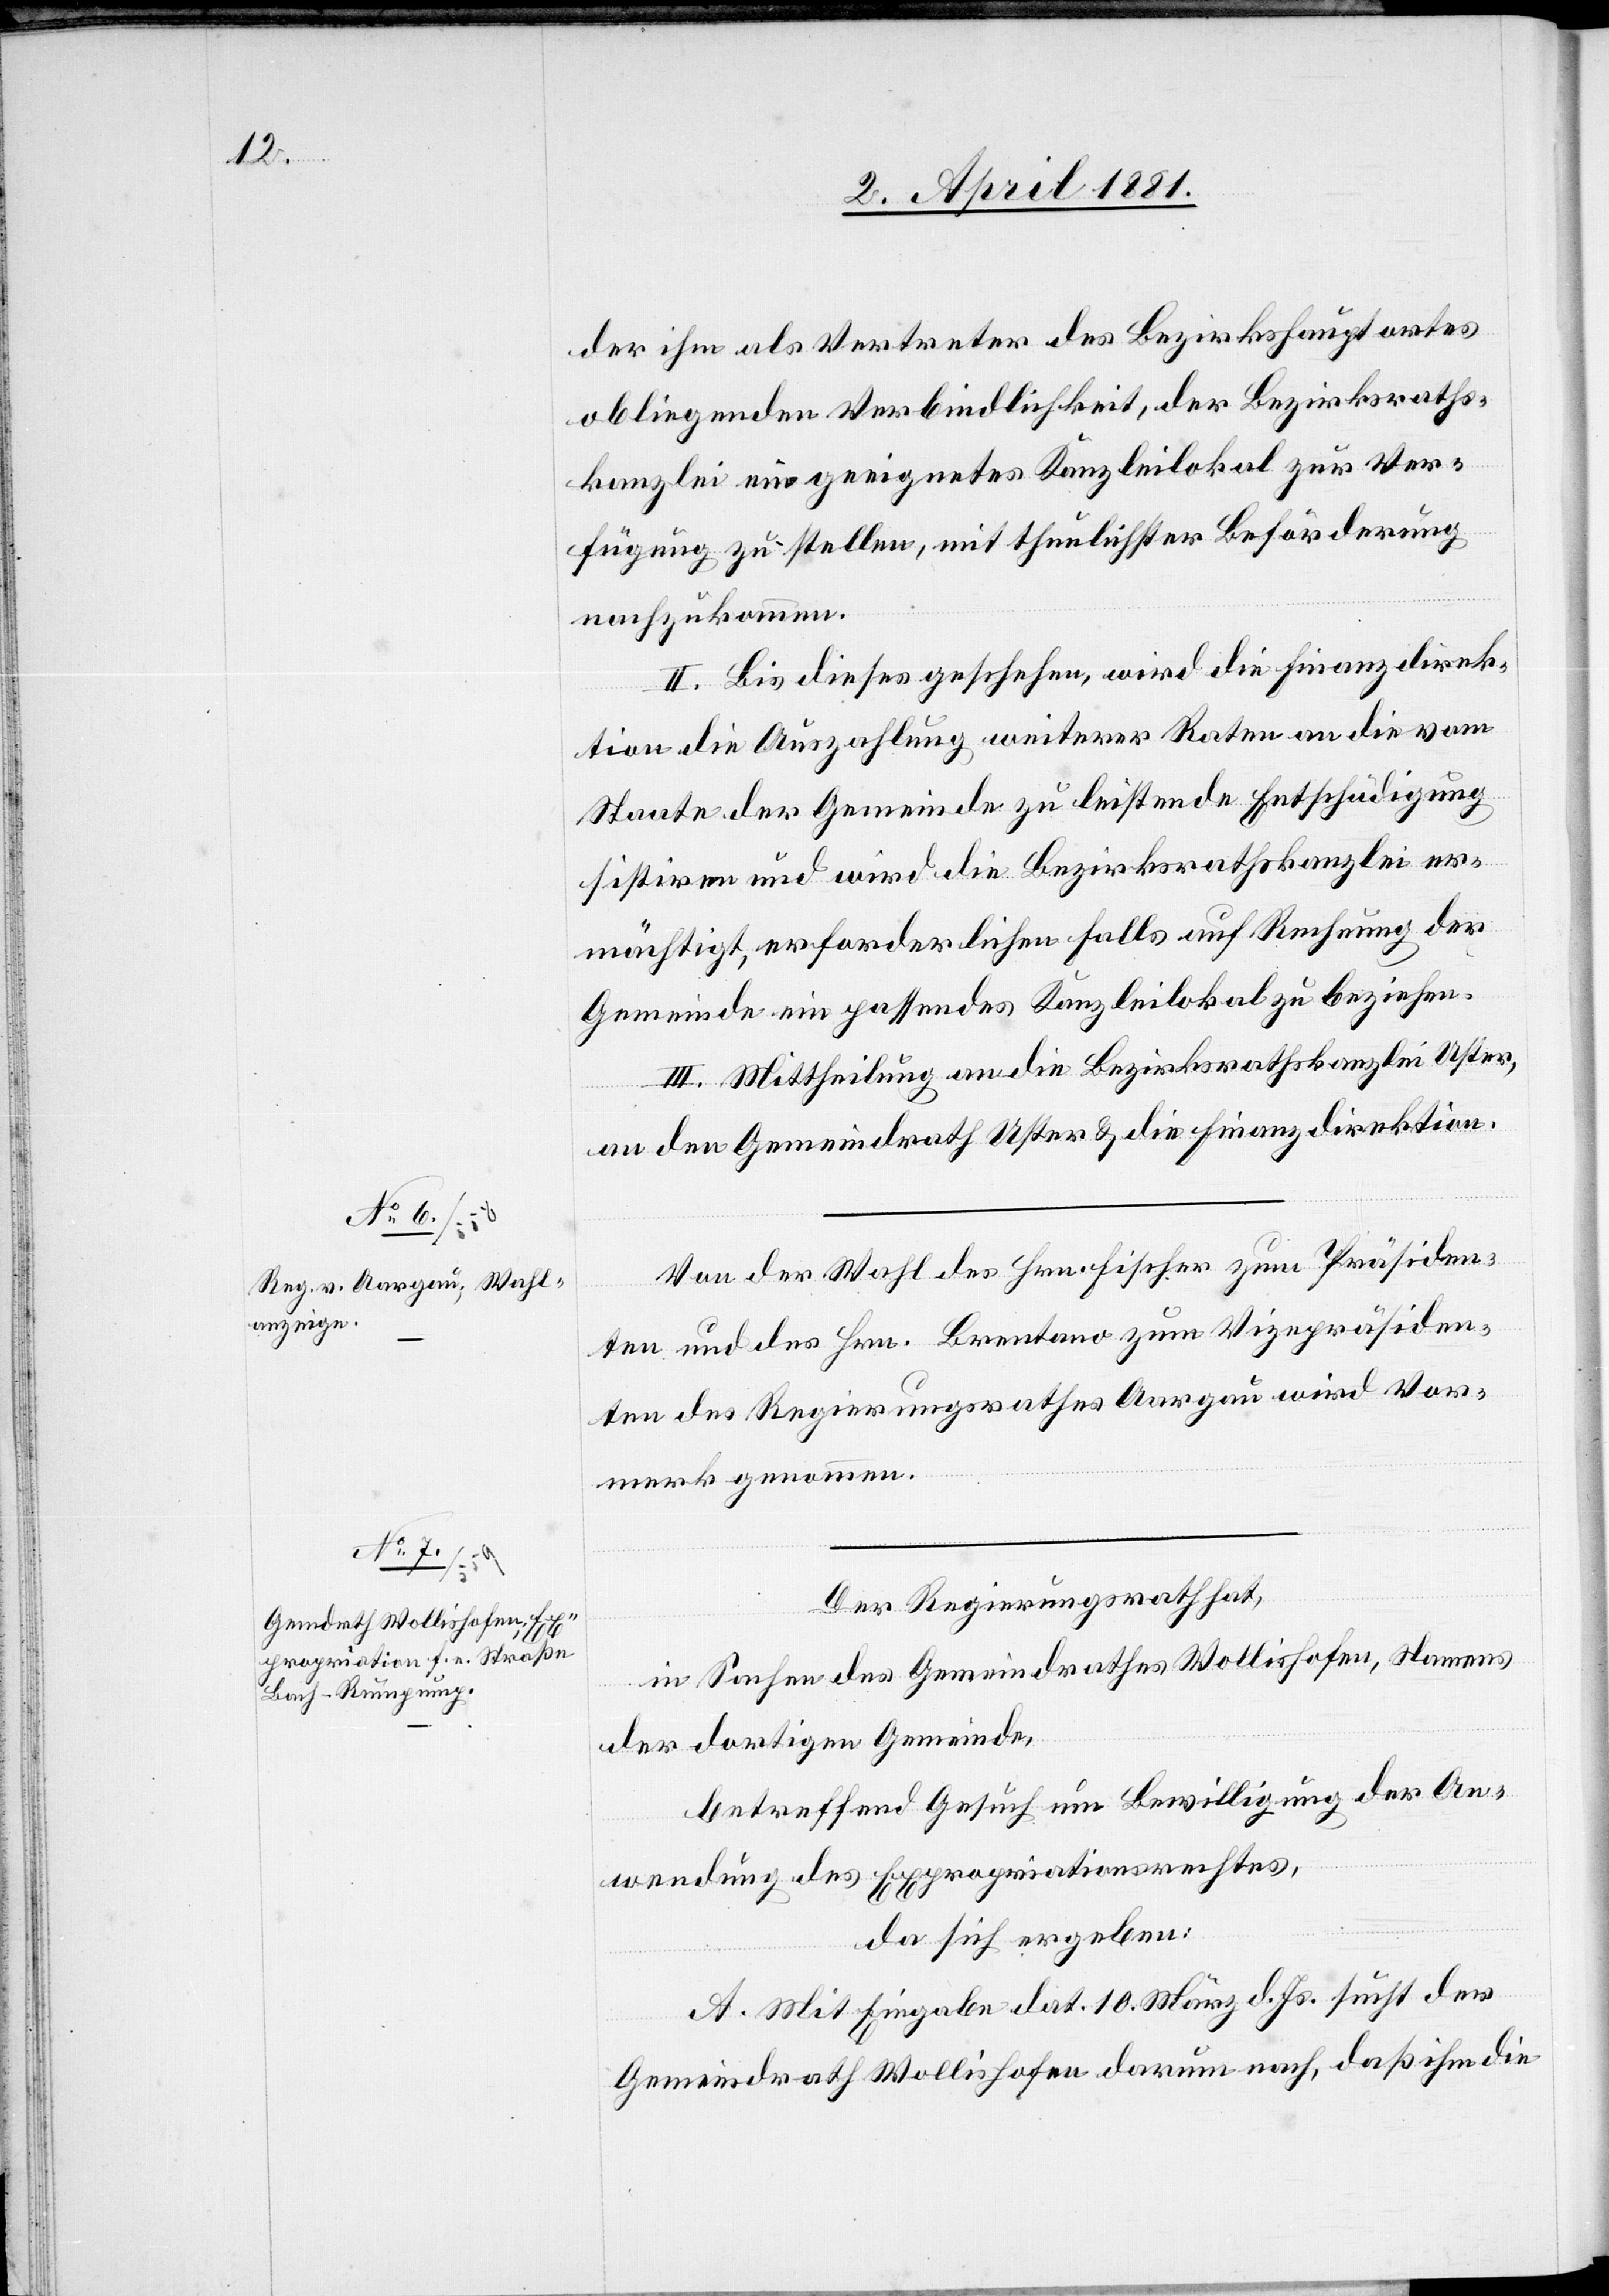
der ihm als Vertreter des Bezirkshauptortes
obliegenden Verbindlichkeit, der Bezirksraths¬
kanzlei ein geeignetes Kanzleilokal zur Ver¬
fügung zu stellen, mit thunlichster Beförderung
nachzukommen.
II. Bis dieses geschehen, wird die Finanzdirek¬
tion die Auszahlung weiterer Raten an die vom
Staate der Gemeinde zu leistende Entschädigung
sistiren und wird die Bezirksrathskanzlei er¬
mächtigt, erforderlichen Falls auf Rechnung der
Gemeinde ein passendes Kanzleilokal zu beziehen.
III: Mittheilung an die Bezirksrathskanzlei Uster,
an den Gemeinderath Uster & die Finanzdirektion.
Von der Wahl des Hrn. Fischer zum Präsiden¬
ten und des Hrn. Brentano zum Vizepräsiden¬
ten des Regierungsrathes Aargau wird Vor¬
merk genommen.
Der Regierungsrath hat,
in Sachen des Gemeindraths Wollishofen, Namens
der dortigen Gemeinde,
betreffend Gesuch um Bewilligung der An¬
wendung des Expropriationsrechtes,
da sich ergeben:
A. Mit Eingabe dat. 10. März d. Js. sucht der
Gemeindrath Wollishofen darum nach, daß ihm die